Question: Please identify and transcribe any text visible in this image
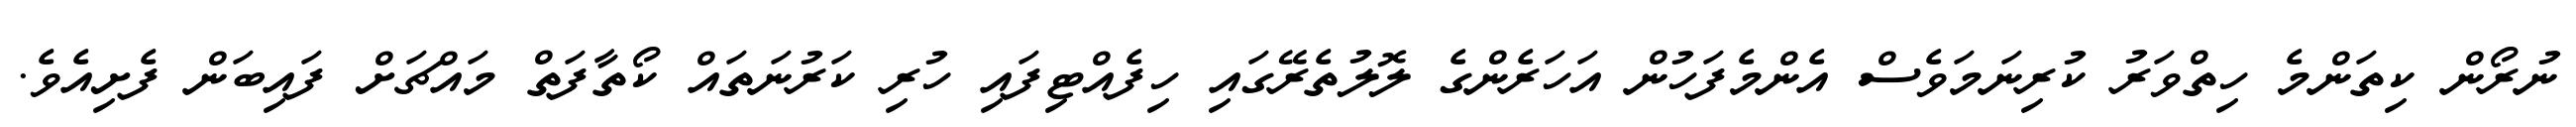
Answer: ނުރޯން ކިތަންމެ ހިތްވަރު ކުރިނަމަވެސް އެންމެފަހުން އަހަރެންގެ ލޮލުތެރޭގައި ހިފެއްޓިފައި ހުރި ކަރުނަތައް ކޯތާފަތް މައްޗަށް ފައިބަން ފެށިއެވެ.